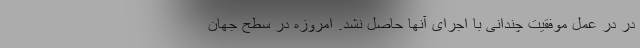
در در عمل موفقیت چندانی با اجرای آنها حاصل نشد. امروزه در سطح جهان